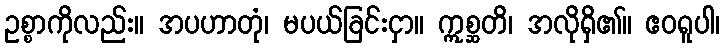
ဥစ္စာကိုလည်း။ အပဟာတုံ၊ မပယ်ခြင်းငှာ။ ဣစ္ဆတိ၊ အလိုရှိ၏။ ဧဝရူပါ၊